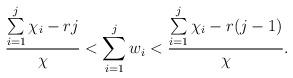
LaTeX: \begin{align*}\frac{\sum\limits _{i=1}^j\chi_i - rj}{\chi} < \sum\limits_{i=1}^{j}w_i < \frac{\sum\limits_{i=1}^j\chi_i - r(j-1)}{\chi}.\end{align*}